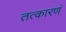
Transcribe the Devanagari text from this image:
तत्कारणं